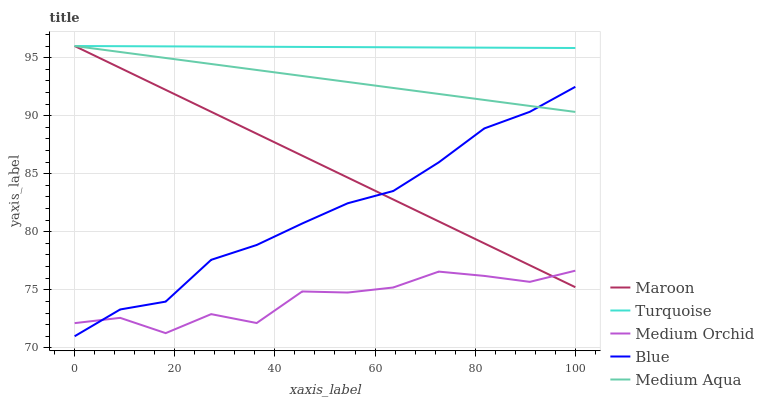
| xaxis_label | Maroon | Turquoise | Medium Orchid | Blue | Medium Aqua |
 | --- | --- | --- | --- | --- | --- |
 | 0 | 96 | 96 | 72.1 | 71 | 96 |
 | 9.09 | 94.1 | 96 | 72.6 | 73.3 | 95.5 |
 | 18.2 | 92.2 | 96 | 71.3 | 74 | 95 |
 | 27.3 | 90.3 | 96 | 72.9 | 77.6 | 94.5 |
 | 36.4 | 88.4 | 95.9 | 72.1 | 78.9 | 93.9 |
 | 45.5 | 86.6 | 95.9 | 74.9 | 80.7 | 93.4 |
 | 54.5 | 84.7 | 95.9 | 74.8 | 82.5 | 92.9 |
 | 63.6 | 82.8 | 95.9 | 75.2 | 83.5 | 92.4 |
 | 72.7 | 80.9 | 95.9 | 76.6 | 86 | 91.9 |
 | 81.8 | 79 | 95.9 | 76.2 | 88.9 | 91.4 |
 | 90.9 | 77.1 | 95.8 | 75.7 | 90.3 | 90.8 |
 | 100 | 75.2 | 95.8 | 76.6 | 92.5 | 90.3 |